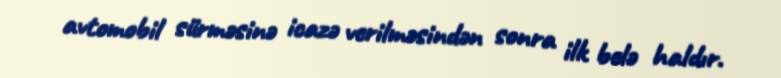
avtomobil sürməsinə icazə verilməsindən sonra ilk belə haldır.